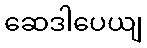
ဆေဒါပေယျ